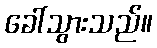
ခေါ်သွားသည်။